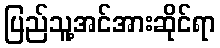
ပြည်သူ့အင်အားဆိုင်ရာ